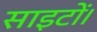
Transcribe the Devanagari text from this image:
साइटों।